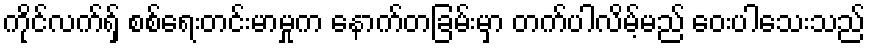
ကိုင်လက်ရှ် စစ်ရေးတင်းမာမှုက နောက်တခြမ်းမှာ တက်ပါလိမ့်မည် ဝေးပါသေးသည်